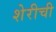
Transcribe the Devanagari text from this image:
शेरीची